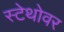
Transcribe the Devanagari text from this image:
स्टेथोवर